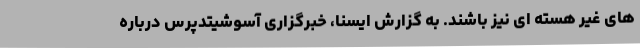
های غیر هسته ای نیز باشند. به گزارش ایسنا، خبرگزاری آسوشیتدپرس درباره